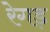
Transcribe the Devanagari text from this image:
रेगड़